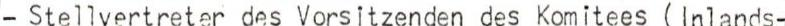
- Stellvertreter des Vorsitzenden des Komitees ( Inlands-